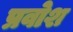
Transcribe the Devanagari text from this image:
प्रवोश